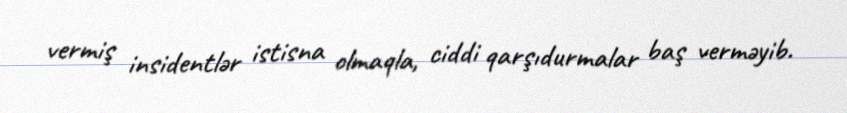
vermiş insidentlər istisna olmaqla, ciddi qarşıdurmalar baş verməyib.